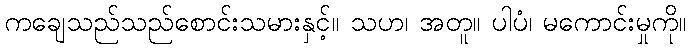
ကချေသည်သည်စောင်းသမားနှင့်။ သဟ၊ အတူ။ ပါပံ၊ မကောင်းမှုကို။